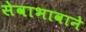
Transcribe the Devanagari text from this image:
सेवाभावाने